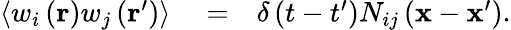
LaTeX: \begin{array}{rlr}{\left\langle w_{i}\left(\mathbf{r}\right)w_{j}\left(\mathbf{r}^{\prime}\right)\right\rangle}&{{}=}&{\delta\left(t-t^{\prime}\right)N_{ij}\left(\mathbf{x}-\mathbf{x}^{\prime}\right).}\end{array}